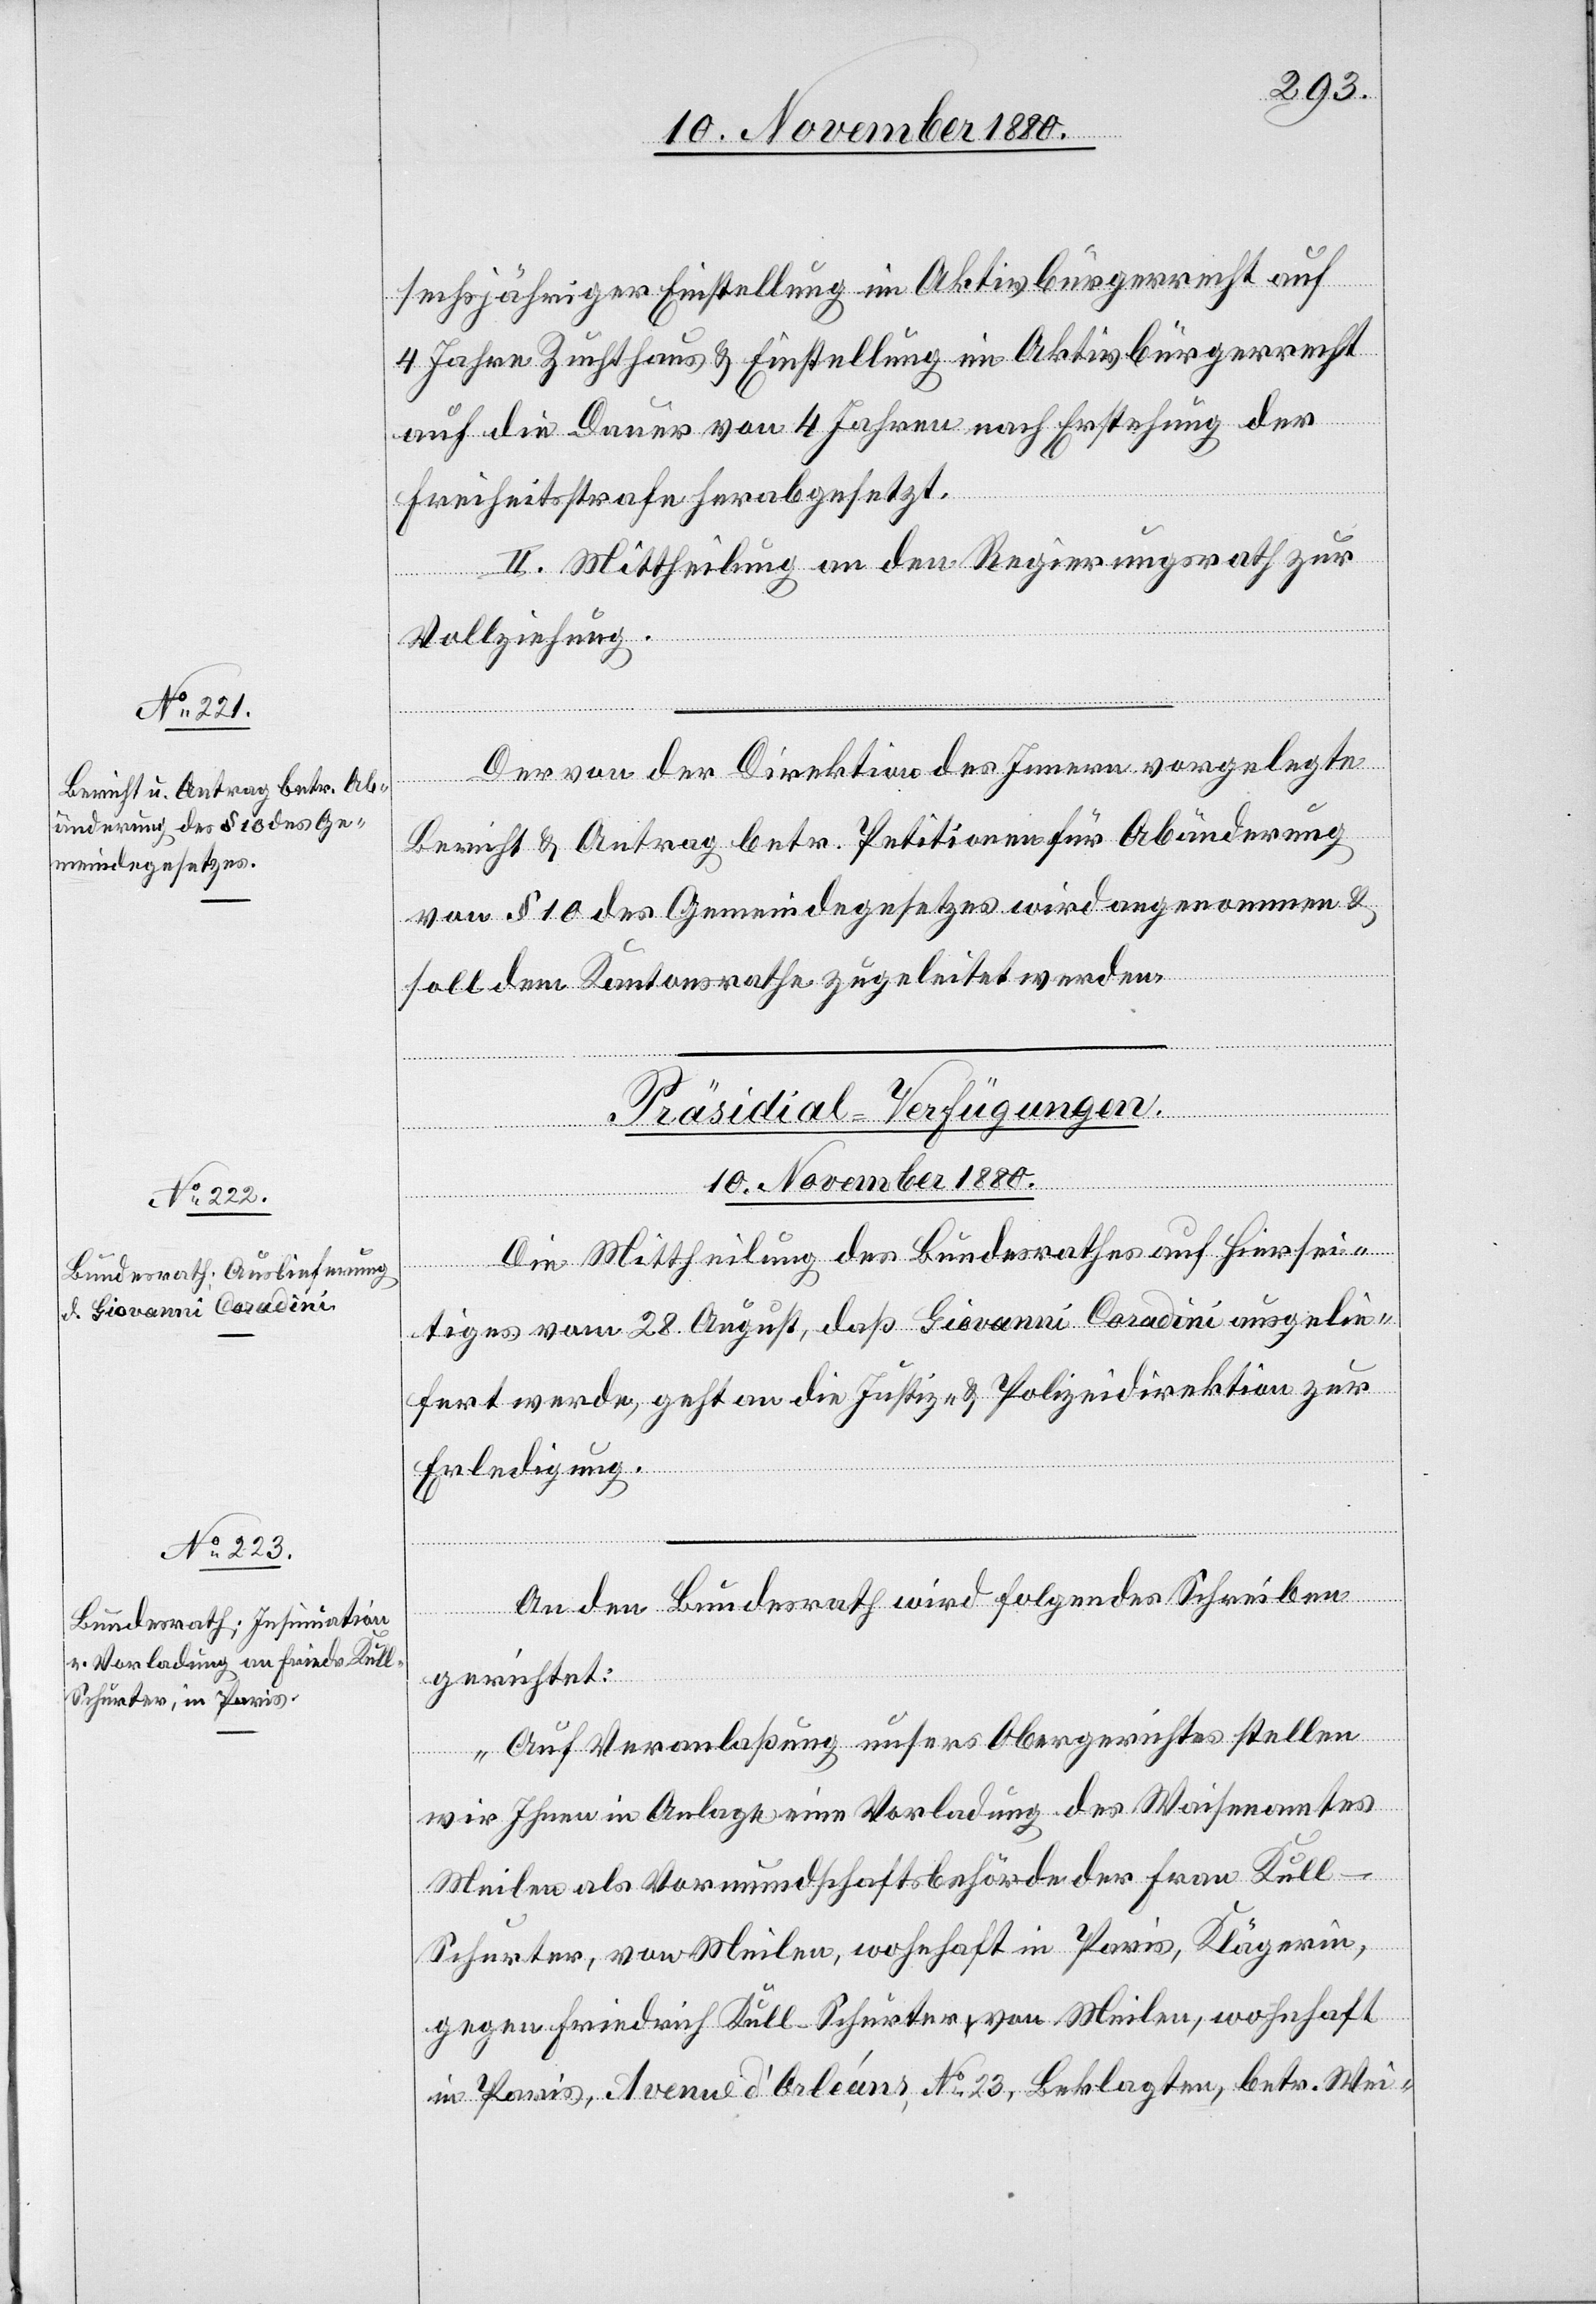
sechsjähriger Einstellung im Aktivbürgerrecht auf
4 Jahre Zuchthaus & Einstellung im Aktivbürgerrecht
auf die Dauer von 4 Jahren nach Erstehung der
Freiheitsstrafe herabgesetzt.
II. Mittheilung an den Regierungsrath zur
Hiersei¬
Vollziehung.
Der von der Direktion des Innern vorgelegte
Bericht & Antrag betr. Petitionen für Abänderung
von § 10 des Gemeindegesetzes wird angenommen &
soll dem Kantonsrathe zugeleitet werden.
[Präsidial-Verfügungen.
10. November 1880.]
tiges vom 28. August, daß Giovanni Coradini ausgelie¬
fert werde, geht an die Justiz- & Polizeidirektion zur
Erledigung.
An den Bundesrath wird folgendes Schreiben
gerichtet:
„Auf Veranlaßung unseres Obergerichtes stellen
wir Ihnen in Anlage eine Vorladung es Waisenamtes
Meilen als Vormundschaftsbehörde der Frau Kull-S¬
churter, von Meilen, wohnhaft in Paris, Klägerin,
gegen Friedrich Kull-Schurter, von Meilen, wohnhaft
in Paris, Avenue d’Orléans, No 23, Beklagten, betr. Wei-